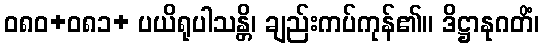
ဝ၈၀+၀၈၁+ ပယိရုပါသန္တိ၊ ချည်းကပ်ကုန်၏။ ဒိဋ္ဌာနုဂတိံ၊